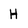
Character: H